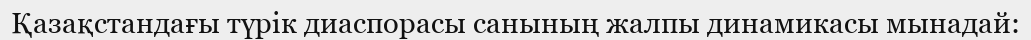
Қазақстандағы түрік диаспорасы санының жалпы динамикасы мынадай: